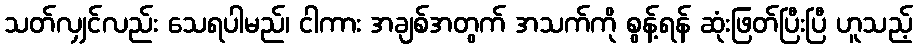
သတ်လျှင်လည်း သေရပါမည်၊ ငါကား အချစ်အတွက် အသက်ကို စွန့်ရန် ဆုံးဖြတ်ပြီးပြီ ဟူသည့်